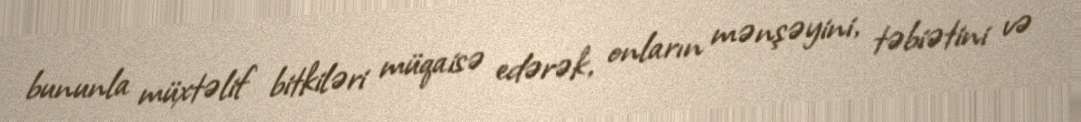
bununla müxtəlif bitkiləri müqaisə edərək, onların mənşəyini, təbiətini və